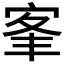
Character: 𡨛